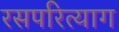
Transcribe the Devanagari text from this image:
रसपरित्याग